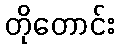
တိုတောင်း